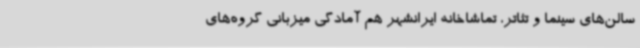
سالن‌های سینما و تئاتر، تماشاخانه ایرانشهر هم آمادگی میزبانی گروه‌های